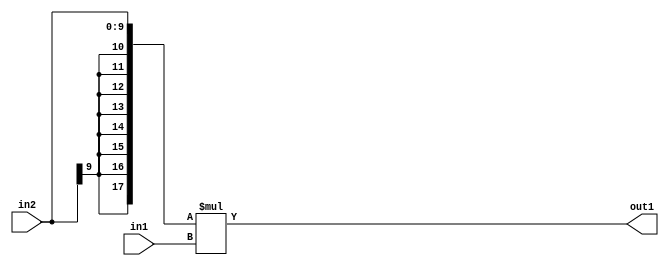
`timescale 1ps / 1ps
/*****************************************************************************
    Verilog RTL Description
    
    
    Created by: Stratus DpOpt 2019.1.01 
*******************************************************************************/

module SobelFilter_Mul_10Sx8U_18S_4 (
	in2,
	in1,
	out1
	); /* architecture "behavioural" */ 
input [9:0] in2;
input [7:0] in1;
output [17:0] out1;
wire [17:0] asc001;

assign asc001 = 
	+({{8{in2[9]}}, in2} * in1);

assign out1 = asc001;
endmodule

/* CADENCE  ubP1Qwk= : u9/ySgnWtBlWxVPRXgAZ4Og= ** DO NOT EDIT THIS LINE ******/